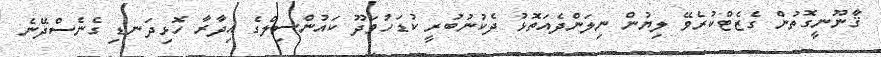
ޤާނޫނީގޮތުން ގެޒެޓްކުރެވޭ ލިޔުން ނިލަންދެއަތޮޅު ދެކުނުބުރީ ކުޑަހުވަދޫ ކައުންސިލްގެ އިދާރާ ހޮޅިދަނޑި ގެނެސްދޭނެ